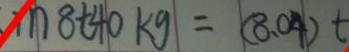
m 8 t 4 0 k g = ( 8 . 0 4 ) t